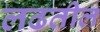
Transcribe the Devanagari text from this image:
लढतील